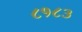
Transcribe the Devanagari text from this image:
८१८३